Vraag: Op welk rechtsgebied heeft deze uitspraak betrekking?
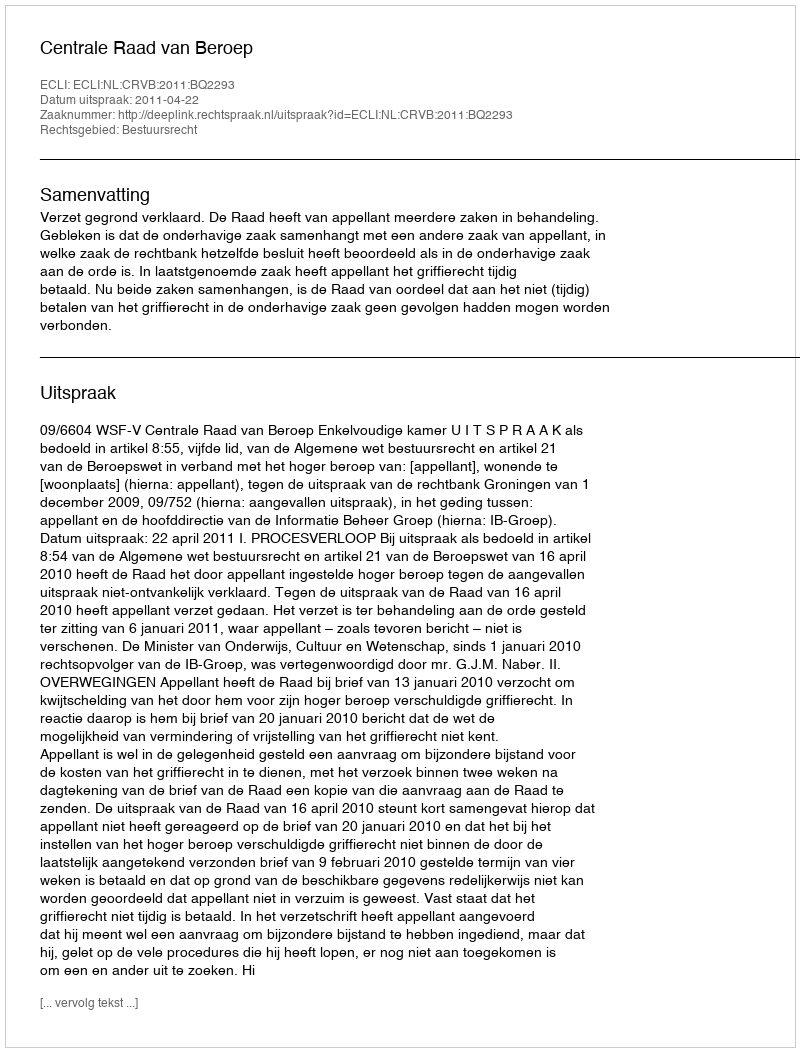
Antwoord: Bestuursrecht